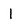
Character: l